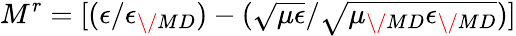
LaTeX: M^{r}=[(\epsilon/\epsilon_{\/ {MD}})-(\sqrt{\mu\epsilon}/\sqrt{\mu_{\/ {MD}}\epsilon_{\/ {MD}}})]